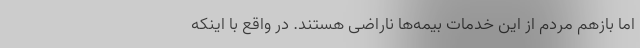
اما بازهم مردم از این خدمات بیمه‌ها ناراضی هستند. در واقع با اینکه